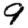
Digit: 9